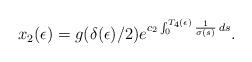
LaTeX: \begin{align*} x_2(\epsilon)= g(\delta(\epsilon)/2)e^{c_2\int_0^{T_4(\epsilon)} \frac{1}{\sigma(s)}\,ds}.\end{align*}